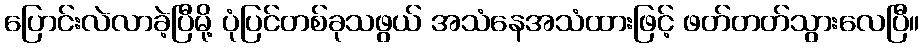
ပြောင်းလဲလာခဲ့ပြီမို့ ပုံပြင်တစ်ခုသဖွယ် အသံနေအသံထားဖြင့် ဖတ်တတ်သွားလေပြီ။